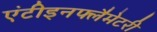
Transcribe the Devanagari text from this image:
एंटीइनफ्लैमेटरी